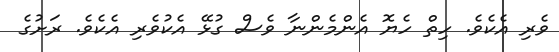
ވެރި އެކެވެ. ހިތް ހެޔޮ އެންމެންނާ ވެސް ގުޅޭ އެކުވެރި އެކެވެ. ރަށުގެ